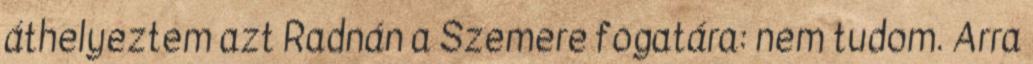
áthelyeztem azt Radnán a Szemere fogatára: nem tudom. Arra